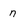
Character: n